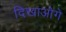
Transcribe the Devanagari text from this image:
दिखाओगे